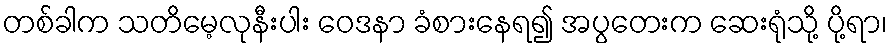
တစ်ခါက သတိမေ့လုနီးပါး ဝေဒနာ ခံစားနေရ၍ အပွတေးက ဆေးရုံသို့ ပို့ရာ၊